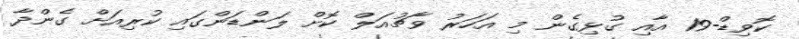
ކޮވިޑް-19 އާއި ގުޅިގެން މި އަހަރު ވާޗުއަލް ކޮށް ލަންޑަންގައި ކުރިއަށް ގެންދާ